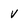
Character: V